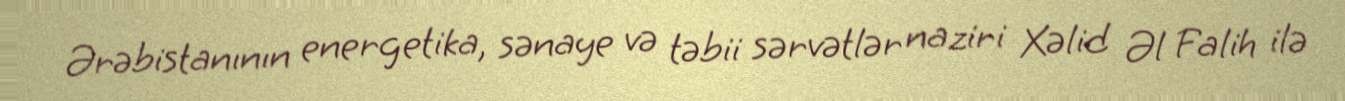
Ərəbistanının energetika, sənaye və təbii sərvətlər naziri Xəlid Əl Falih ilə